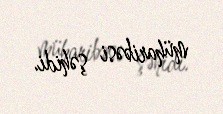
müharibəsi şəhidi.